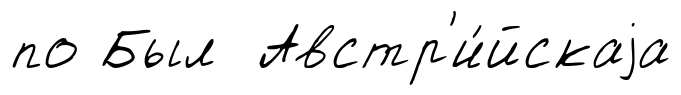
по Был Австр'и́йскаjа